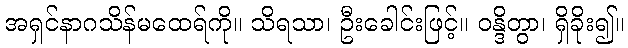
အရှင်နာဂသိန်မထေရ်ကို။ သိရသာ၊ ဦးခေါင်းဖြင့်။ ဝန္ဒိတွာ၊ ရှိခိုး၍။